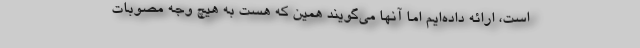
است، ارائه داده‌ایم اما آنها می‌گویند همین که هست به هیچ وجه مصوبات